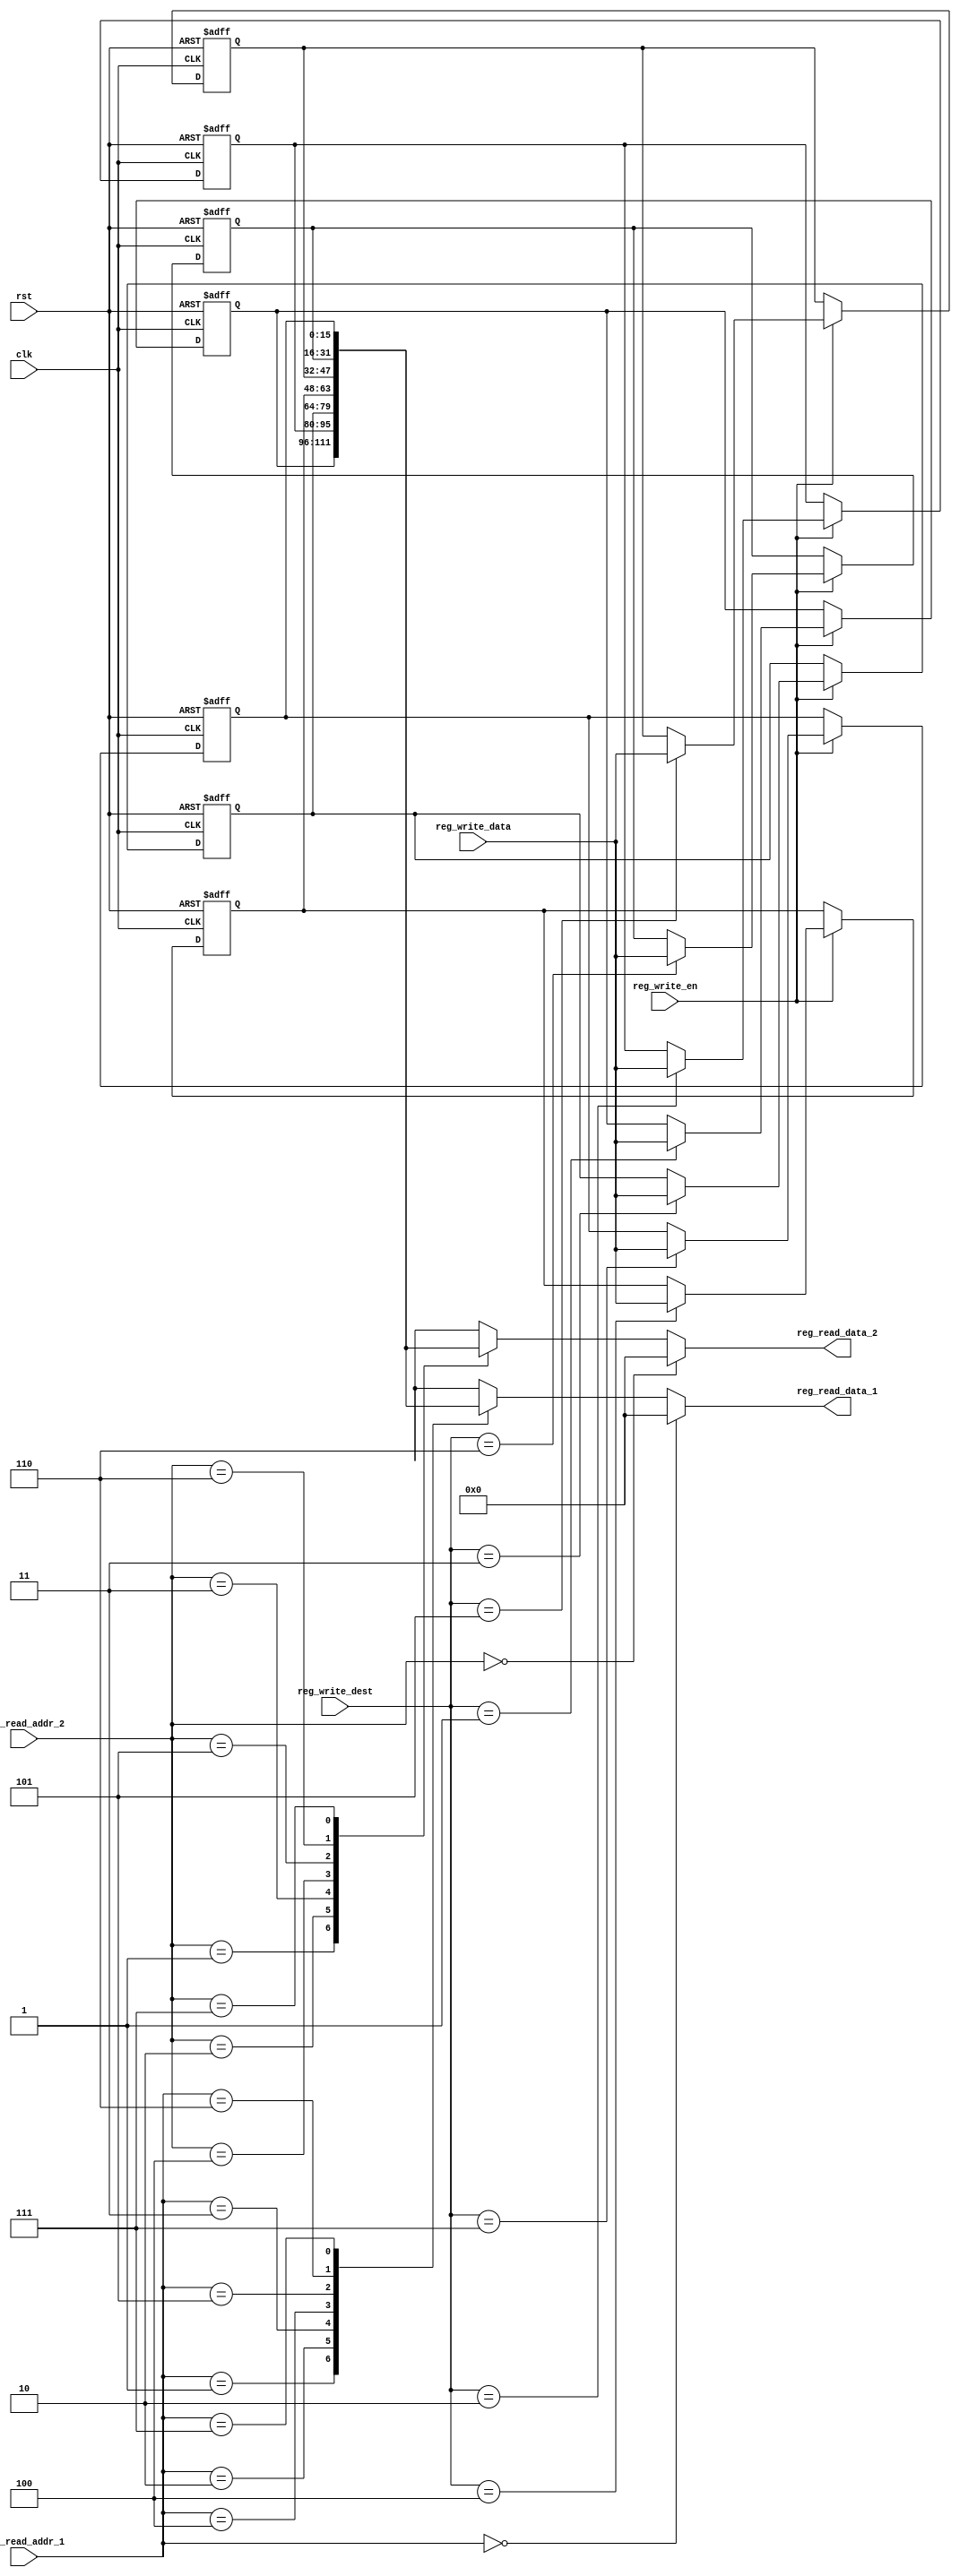
module register_file (
    input clk,
    input rst,

    input reg_write_en,
    input [2:0] reg_write_dest,
    input [15:0] reg_write_data,

    input [2:0] reg_read_addr_1,
    output [15:0] reg_read_data_1,

    input [2:0] reg_read_addr_2,
    output [15:0] reg_read_data_2
);
    
    reg [15:0] reg_array [7:0] ;

    always @(posedge clk or posedge rst) begin
        if (rst) begin
            reg_array[0] <= 16'b0;
            reg_array[1] <= 16'b0;
            reg_array[2] <= 16'b0;
            reg_array[3] <= 16'b0;
            reg_array[4] <= 16'b0;
            reg_array[5] <= 16'b0;
            reg_array[6] <= 16'b0;
            reg_array[7] <= 16'b0;
        end
        else begin
            if (reg_write_en) begin
                    reg_array[reg_write_dest] <= reg_write_data ;
            end
        end
    end

    assign reg_read_data_1 = (reg_read_addr_1 == 0 )?16'b0 : reg_array[reg_read_addr_1];
    assign reg_read_data_2 = (reg_read_addr_2 == 0 )?16'b0 : reg_array[reg_read_addr_2];

endmodule